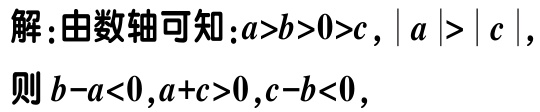
解：由数轴可知：\(a>b>0>c\)，\(\vert a\vert > \vert c\vert\)，

则\(b - a<0\)，\(a + c>0\)，\(c - b<0\)，